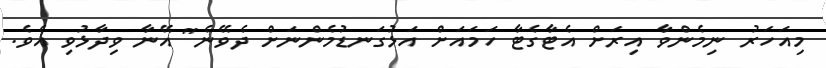
މިއަހަރު ނިމެންވާ އިރަށް އެޓާގެޓާ ހަމައަށް އަޅުގަނޑުމެންނަށް ދެވޭނެ" އޭނާ ވިދާޅުވި އެވެ.